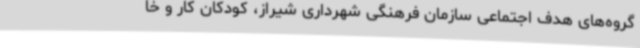
گروه‌های هدف اجتماعی سازمان فرهنگی شهرداری شیراز، کودکان کار و خا